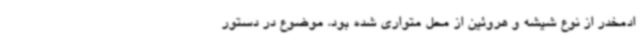
ادمخدر از نوع شیشه و هروئین از محل متواری شده بود، موضوع در دستور